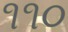
૧૧૦